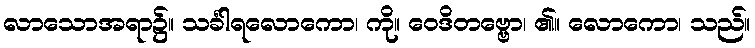
လာသောအရာ၌။ သင်္ခါရလောကော၊ ကို။ ဝေဒိတဗ္ဗော၊ ၏။ လောကော၊ သည်။